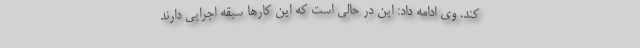
کند. وی ادامه داد: این در حالی است که این کارها سبقه اجرایی دارند